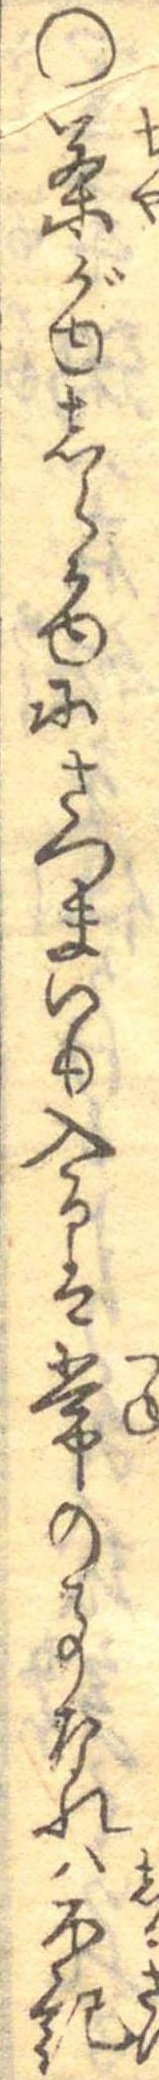
○茶がゆしらかゆにさつまいも入るは常の事なれは不記